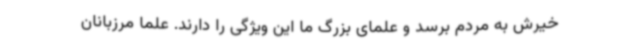
خیرش به مردم برسد و علمای بزرگ ما این ویژگی را دارند. علما مرزبانان